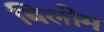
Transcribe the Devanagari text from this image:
बिलोम